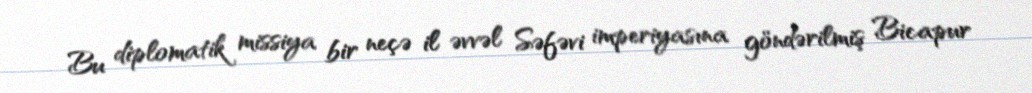
Bu diplomatik missiya bir neçə il əvvəl Səfəvi imperiyasına göndərilmiş Bicapur